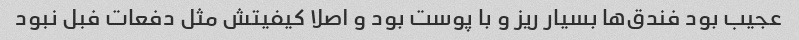
عجیب بود فندق‌ها بسیار ریز و با پوست بود و اصلا کیفیتش مثل دفعات فبل نبود